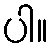
ပါ။